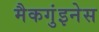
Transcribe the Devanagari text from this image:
मैकगुंइनेस